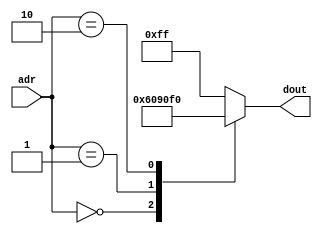
`timescale 1ns / 1ps
//////////////////////////////////////////////////////////////////////////////////
// Company: 
// Engineer: 
// 
// Design Name: 
// Module Name: rom
// Project Name: 
// Target Devices: 
// Tool Versions: 
// Description: 
// 
// Dependencies: 
// 
// Revision:
// Revision 0.01 - File Created
// Additional Comments:
// 
//////////////////////////////////////////////////////////////////////////////////


module rom(
    input [3:0] adr,
    output reg [7:0] dout
    );
    always @(adr) begin
        case(adr)
		  /*
				4'b0000: dout <= 8'b10110011;
				4'b0001: dout <= 8'b10110110;
				4'b0010: dout <= 8'b10111100;
				4'b0011: dout <= 8'b10111000;
				4'b0100: dout <= 8'b10111000;
				4'b0101: dout <= 8'b10111100;
				4'b0110: dout <= 8'b10110110;
				4'b0111: dout <= 8'b10110011;
				4'b1000: dout <= 8'b10110001;
				4'b1001: dout <= 8'b10110001;
				4'b1010: dout <= 8'b11110000;
			*/
			
				4'b0000: dout <= 8'b01100000; //IN B
				4'b0001: dout <= 8'b10010000; //OUT B
				4'b0010: dout <= 8'b11110000; //JMP 0
				default: dout <= 8'b11111111;
			
			/*
            4'b0000: dout <= 8'b00000110; //ADD A, Im
            4'b0001: dout <= 8'b01000000; //MOV B, A
            4'b0010: dout <= 8'b00100000; //IN A
            4'b0011: dout <= 8'b00010000; //MOV A, B
            4'b0100: dout <= 8'b01011000; //ADD B, 8
            4'b0101: dout <= 8'b01100000; //IN B
            4'b0110: dout <= 8'b01110010; //MOV B, 3
            4'b0111: dout <= 8'b10010000; //OUT B
            4'b1000: dout <= 8'b10110110; //OUT 6
            4'b1001: dout <= 8'b11111101; //JMP 11
            4'b1010: dout <= 8'b00110000; //MOV A, 0
            4'b1011: dout <= 8'b01110000; //MOV B, 0
            4'b1100: dout <= 8'b10110000; //OUT 0
            4'b1101: dout <= 8'b01011100; //ADD B, 12
            4'b1110: dout <= 8'b11101010; //JNC 10
            4'b1111: dout <= 8'b11111111; //JMP 15
			*/
        endcase
    end
endmodule